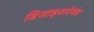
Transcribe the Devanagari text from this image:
डिजाइनररेमंड